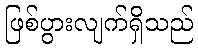
ဖြစ်ပွားလျက်ရှိသည်